Plague in India, 1896, 1897 - Volume 2
Year: 1896
Disease focus: Plague
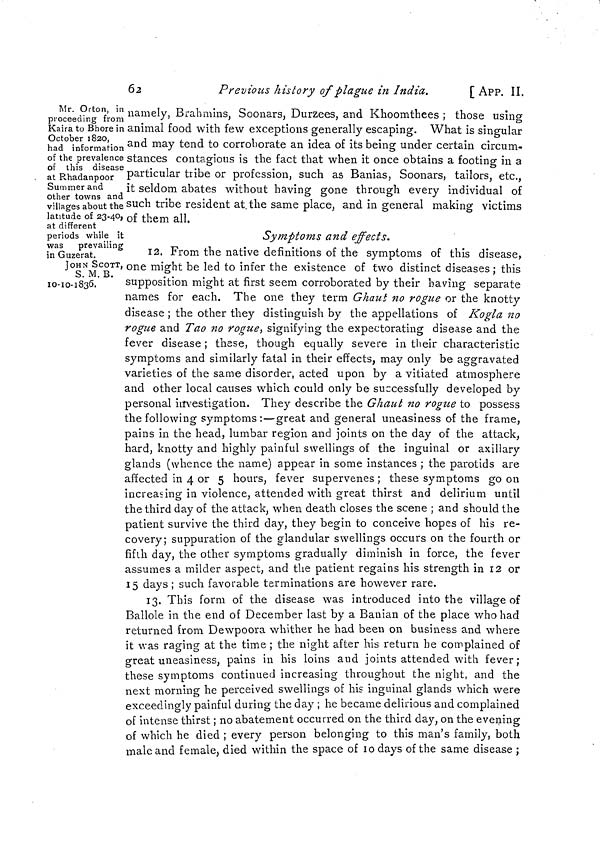
62
Previous history of plague in India.
[ APP. II.
Mr. Orton, in
proceeding from
Kaira to Bhore in
October 1820,
had information
of the prevalence
of this disease
at Rhadanpoor
Summer and
other towns and
villages about the
latitude of 23-40,
at different
periods while it
was prevailing
in Guzerat.
JOHN SCOTT,
S. M. B.
10-10-1836.
namely, Brahmins, Soonars, Durzees, and Khoomthees ; those using
animal food with few exceptions generally escaping. What is singular
and may tend to corroborate an idea of its being under certain circum-
stances contagious is the fact that when it once obtains a footing in a
particular tribe or profession, such as Banias, Soonars, tailors, etc.,
it seldom abates without having gone through every individual of
such tribe resident at the same place, and in general making victims
of them all.
Symptoms and effects.
12. From the native definitions of the symptoms of this disease,
one might be led to infer the existence of two distinct diseases ; this
supposition might at first seem corroborated by their having separate
names for each. The one they term Ghaut no rogue or the knotty
disease ; the other they distinguish by the appellations of Kogla no
rogue and Tao no rogue, signifying the expectorating disease and the
fever disease ; these, though equally severe in their characteristic
symptoms and similarly fatal in their effects, may only be aggravated
varieties of the same disorder, acted upon by a vitiated atmosphere
and other local causes which could only be successfully developed by
personal investigation. They describe the Ghaut no rogue to possess
the following symptoms :—great and general uneasiness of the frame,
pains in the head, lumbar region and joints on the day of the attack,
hard, knotty and highly painful swellings of the inguinal or axillary
glands (whence the name) appear in some instances ; the parotids are
affected in 4 or 5 hours, fever supervenes ; these symptoms go on
increasing in violence, attended with great thirst and delirium until
the third day of the attack, when death closes the scene ; and should the
patient survive the third day, they begin to conceive hopes of his re-
covery; suppuration of the glandular swellings occurs on the fourth or
fifth day, the other symptoms gradually diminish in force, the fever
assumes a milder aspect, and the patient regains his strength in 12 or
15 days ; such favorable terminations are however rare.
13. This form of the disease was introduced into the village of
Ballole in the end of December last by a Banian of the place who had
returned from Dewpoora whither he had been on business and where
it was raging at the time ; the night after his return he complained of
great uneasiness, pains in his loins and joints attended with fever;
these symptoms continued increasing throughout the night, and the
next morning he perceived swellings of his inguinal glands which were
exceedingly painful during the day ; he became delirious and complained
of intense thirst ; no abatement occurred on the third day, on the evening
of which he died ; every person belonging to this man's family, both
male and female, died within the space of l0 days of the same disease ;